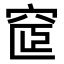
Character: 𥦪